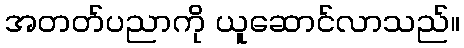
အတတ်ပညာကို ယူဆောင်လာသည်။